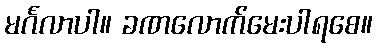
မင်္ဂလာပါ။ ခဏလောက်မေးပါရစေ။